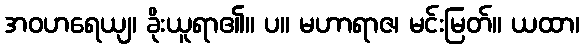
အဝဟရေယျ၊ ခိုးယူရာ၏။ ပ။ မဟာရာဇ၊ မင်းမြတ်။ ယထာ၊